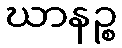
ဃာနဉ္စ